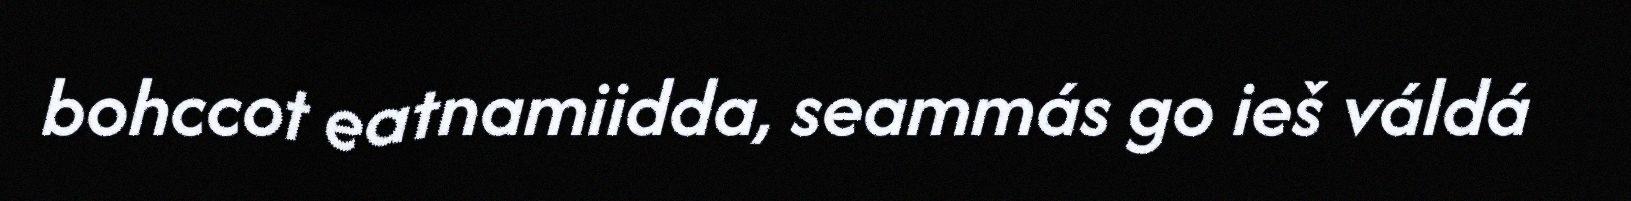
bohccot eatnamiidda, seammás go ieš váldá